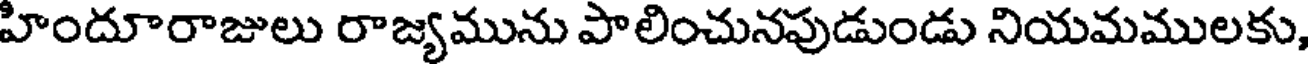
హిందూరాజులు రాజ్యమును పాలించునపుడుండు నియమములకు,